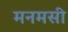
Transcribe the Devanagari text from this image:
मनमसी